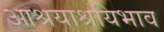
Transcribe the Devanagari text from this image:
आश्रयाश्रयिभाव